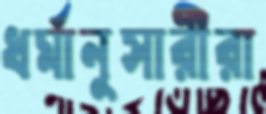
ধর্মানুসারীরা